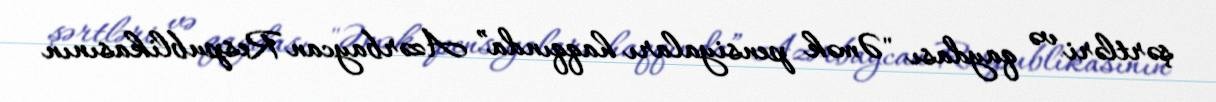
şərtləri və qaydası "Əmək pensiyaları haqqında” Azərbaycan Respublikasının